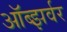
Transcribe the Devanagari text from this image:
ऑब्झर्वर